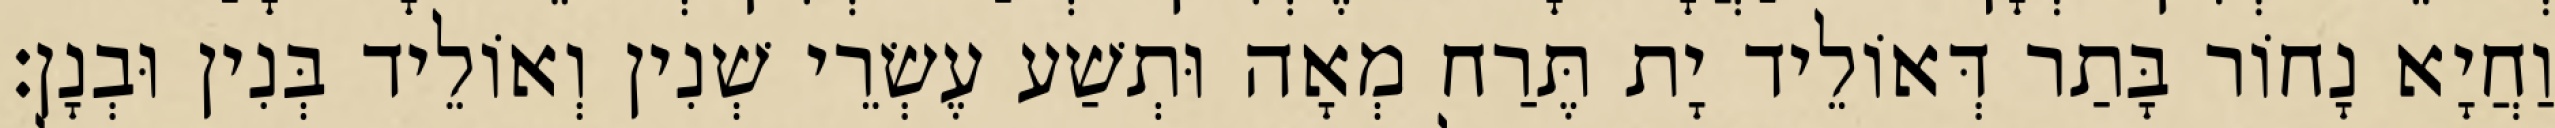
וַחֲיָא נָחוֹר בָּתַר דְּאוֹלֵיד יָת תֶּרַח מְאָה וּתְשַׁע עֶשְׂרֵי שְׁנִין וְאוֹלֵיד בְּנִין וּבְנָן׃